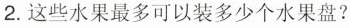
2.这些水果最多可以装多少个水果盘?